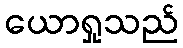
ယောရှုသည်